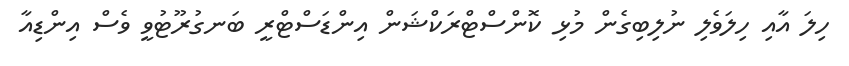
ހިލަ އާއި ހިލަވެލި ނުލިބިގެން މުޅި ކޮންސްޓްރަކްޝަން އިންޑަސްޓްރީ ބަނގުރޫޓުވީ ވެސް އިންޑިއާ